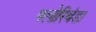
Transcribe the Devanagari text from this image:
फ्लोरिबंडा